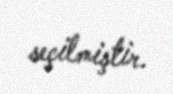
seçilmiştir.